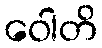
ဝေါတိ